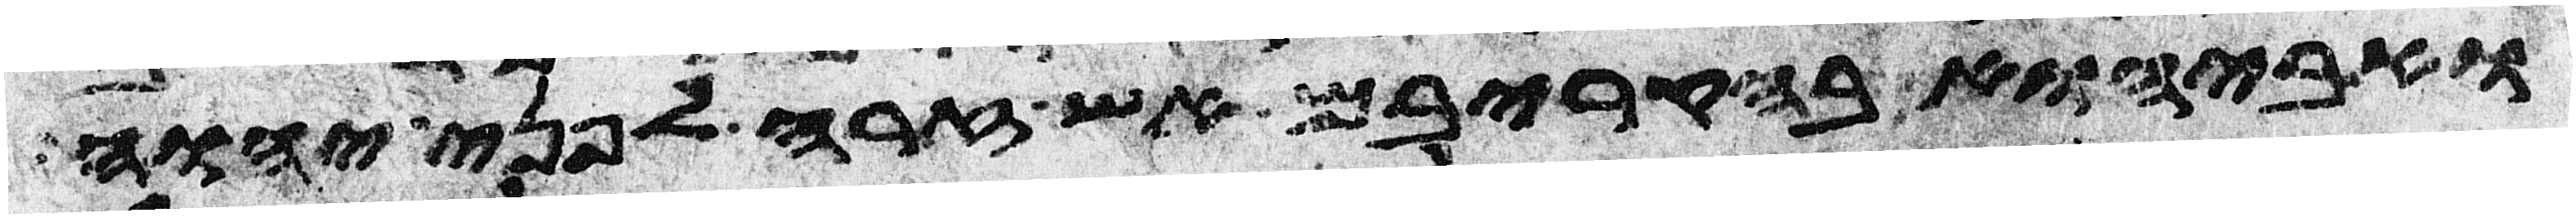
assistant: ואביהוא בהקריבם אש זרה לפני יהוה